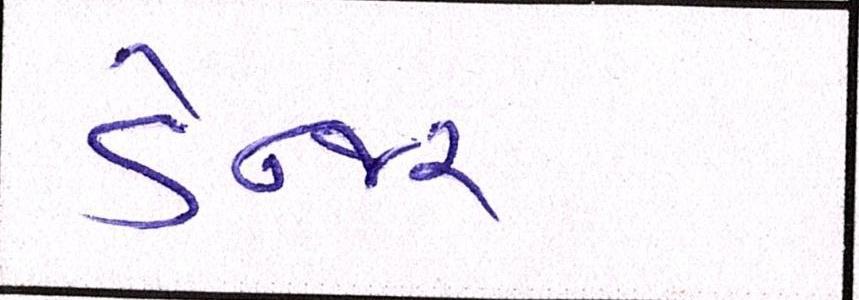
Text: ડેન્જર